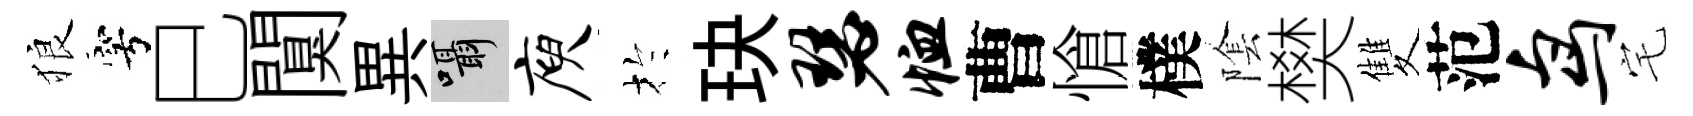
狼穹巳闃異囁庾扵玦瑟恤曹愴樸隂樊雙范鸟宅